Report of the King Institute of Preventive Medicine, Guindy
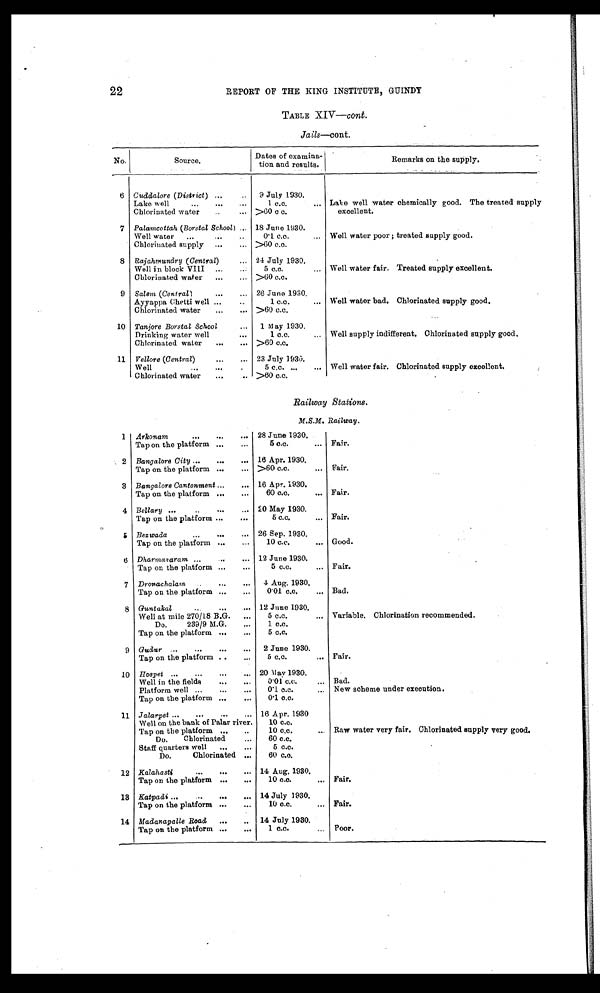
22
REPORT OF THE KING INSTITUTE, GUINDY
TABLE XIV— cont .
Jails—cont.
No.
Source.
Dates of examina
tion and results.
Remarks on the supply.
6 Cuddalore (District)
9 July 1930.
Lake well
1 c.c.
Lake well water chemically good. The treated supply
excellent.
Chlorinated water
>60 c c.
7 Palamcottah (Borstal School)
18 June 1930.
Well water
0·1 c.c.
Well water poor ; treated supply good.
Chlorinated supply
>60 c.c.
8 Rajahmundry (Central)
24 July 1930.
Well in block VIII
5 c.c.
Well water fair, Treated supply excellent.
Chlorinated water
>60 c.c.
9 Salem (Central)
26 June 1930.
Ayyappa Chetti well
1 c.c.
Well water bad. Chlorinated supply good.
Chlorinated water
>60 c.c.
10 Tanjore Borstal School
1. May 1930.
Drinking water well
1 c.c.
Well supply indifferent. Chlorinated supply good.
Chlorinated water
>60 c.c.
11 Vellore (Central)
23 July 1930.
Well
5 c.c. Well water fair. Chlorinated supply excellent.
Chlorinated water
>60 c.c.
Railway Stations.
M.S.M. Railway.
1 Arkonam
28 June 1930.
Tap on the platform
5 c.c. Fair.
2 Bangalore City. 16 Apr. 1930.
Tap on the platform
>60 c.c.
Fair.
3 Bangalore Cantonment
16 Apr. 1930.
Tap on the platform
60 c.c.
Fair.
4 Bellary
20 May 1930.
Tap on the platform
5 c.c.
Fair.
6 Bezwada
26 Sep. 1930.
Tap on the platform
10 c.c. Good.
6 Dharmavaram
12 June 1930.
Tap on the platform
5 c.c.
Fair.
7 Dronachalam
4 Aug. 1930.
Tap on the platform
0·01 c.c.
Bad.
8 Guntakal
12 June 1930.
Well at mile 270/18 B.G.
5 c.c.
Variable. Chlorination recommended.
Do. 239/9 M.G.
1 c.c.
Tap on the platform
5 c.c.
9 Gudur
2 June 1930.
Tap on the platform
5 c.c.
Fair.
10 Hospet
20 May 1930.
Well in the fields
0·01 c.c.
Bad.
Platform well
0·1 c.c.
New scheme under execution.
Tap on the platform
0·1 c.c.
11 Jalarpet
16 Apr. 1930
Well on the bank of Palar river.
10 c.c.
Tap on the platform
10 c.c.
Raw water very fair. Chlorinated supply very good.
Do. Chlorinated
60 c.c.
Staff quarters well
5 c.c.
Do. Chlorinated
60 c.c.
12 Kalahasti
14 Aug. 1930.
Tap on the platform
10 c.c.
Fair.
13 Katpadi
14 July 1930.
Tap on the platform
10 c.c.
Fair.
14 Madanapalle Road
14 July 1930.
Tap on the platform
1 c.c.
Poor.